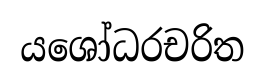
යශෝධරචරිත